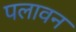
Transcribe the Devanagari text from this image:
पलावन